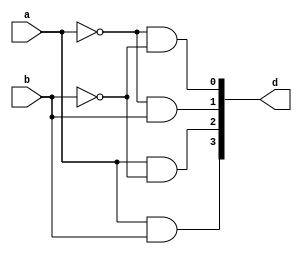
`timescale 1ns / 1ps
//////////////////////////////////////////////////////////////////////////////////
// Company: 
// Engineer: 
// 
// Design Name: 
// Module Name:    decoder24 
// Project Name: 
// Target Devices: 
// Tool versions: 
// Description: 
//
// Dependencies: 
//
// Revision: 
// Revision 0.01 - File Created
// Additional Comments: 
//
//////////////////////////////////////////////////////////////////////////////////
module decoder24(a,b,d
    );
input a,b;
output [3:0]d;
assign d[0] = (~a & ~b),
		 d[1] = (~a & b),
		 d[2] = (a & ~b),
		  d[3] = (a & b);	

endmodule